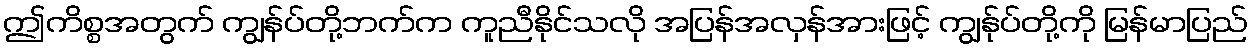
ဤကိစ္စအတွက် ကျွန်ပ်တို့ဘက်က ကူညီနိုင်သလို အပြန်အလှန်အားဖြင့် ကျွန်ုပ်တို့ကို မြန်မာပြည်